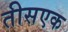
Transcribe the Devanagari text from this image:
तीसएक